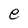
Character: e